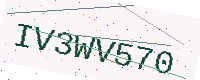
Text: IV3WV570